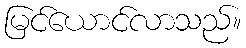
မြင်ယောင်လာသည်။